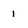
Character: I